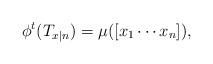
LaTeX: \begin{align*}\phi^t(T_{x|n})= \mu ([x_1 \cdots x_n]),\end{align*}